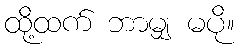
ထို့ထက် ဘာမျှ မပို။